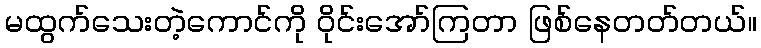
မထွက်သေးတဲ့ကောင်ကို ဝိုင်းအော်ကြတာ ဖြစ်နေတတ်တယ်။